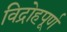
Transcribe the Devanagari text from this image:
विद्रोहपूर्ण